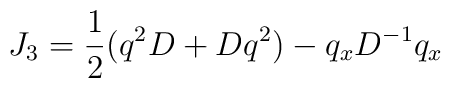
J_3 = \frac{1}{2}( q^2 D + D q^2 ) - q_x D^{-1} q_x